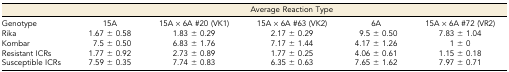
<table><thead><tr><td></td><td colspan="5"><b>Average Reaction Type</b></td></tr></thead><tbody><tr><td>Genotype</td><td>15A</td><td>15A × 6A #20 (VK1)</td><td>15A × 6A #63 (VK2)</td><td>6A</td><td>15A × 6A #72 (VR2)</td></tr><tr><td>Rika</td><td>1.67 ± 0.58</td><td>1.83 ± 0.29</td><td>2.17 ± 0.29</td><td>9.5 ± 0.50</td><td>7.83 ± 1.04</td></tr><tr><td>Kombar</td><td>7.5 ± 0.50</td><td>6.83 ± 1.76</td><td>7.17 ± 1.44</td><td>4.17 ± 1.26</td><td>1 ± 0</td></tr><tr><td>Resistant ICRs</td><td>1.77 ± 0.92</td><td>2.73 ± 0.89</td><td>1.77 ± 0.25</td><td>4.06 ± 0.61</td><td>1.15 ± 0.18</td></tr><tr><td>Susceptible ICRs</td><td>7.59 ± 0.35</td><td>7.74 ± 0.83</td><td>6.35 ± 0.63</td><td>7.65 ± 1.62</td><td>7.97 ± 0.71</td></tr></tbody></table>